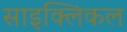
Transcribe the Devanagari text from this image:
साइक्लिकल